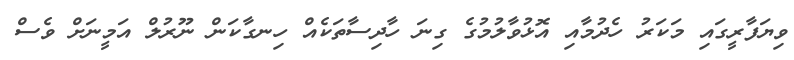
ވިޔަފާރީގައި މަކަރު ހެދުމާއި އޮޅުވާލުމުގެ ގިނަ ހާދިސާތަކެއް ހިނގާކަން ނޫރުލް އަމީނަށް ވެސް